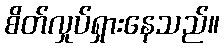
စိတ်လှုပ်ရှားနေသည်။